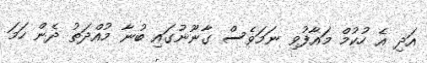
އަދި އެ ހުކުމް މައާފުވި ނަމަވެސް ގާނޫނުގައި ބުނާ މުއްދަތު ދެން ހަމަ